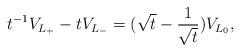
LaTeX: \begin{align*}t^{-1}V_{L_{+}}-tV_{L_{-}}=(\sqrt{t}-\frac{1}{\sqrt{t}})V_{L_{0}},\end{align*}